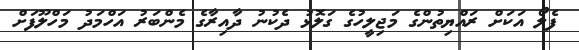
ފެލޯ އަކަށް ރައްޔިތުންގެ މަޖިލީހުގެ ގަލޮޅު ދެކުނު ދާއިރާގެ މެންބަރު އަހްމަދު މަހްލޫފަށް